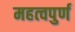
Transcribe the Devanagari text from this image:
महत्‍वपुर्ण